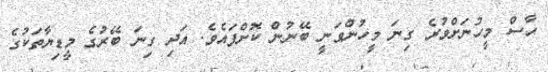
ހާސް މީހުނަށްވުރެ ގިނަ މީހުންވަނީ ބޭނުން ކޮށްފައެވެ. އަދި ގިނަ ބޭރުގެ މީޑިޔާތަކުގެ